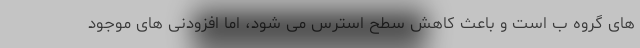
های گروه ب است و باعث کاهش سطح استرس می شود، اما افزودنی های موجود